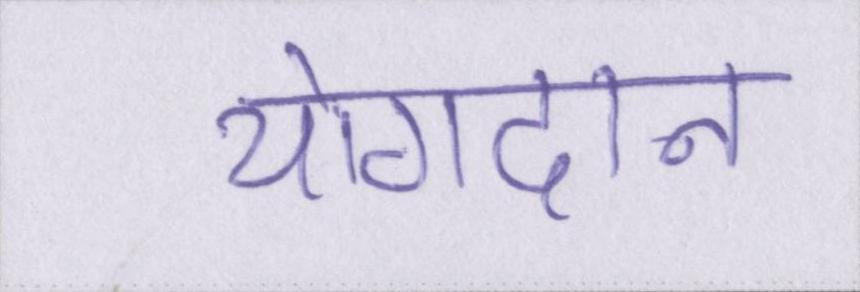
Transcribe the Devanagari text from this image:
योगदान